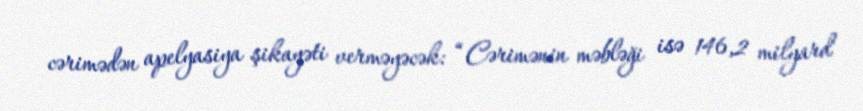
cərimədən apelyasiya şikayəti verməyəcək: “Cərimənin məbləği isə 146,2 milyard